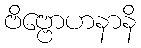
ဗိဗ္ဗောဟနာနိ